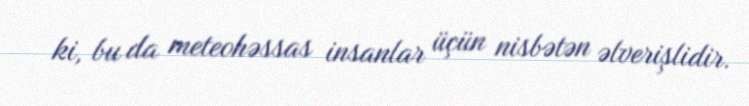
ki, bu da meteohəssas insanlar üçün nisbətən əlverişlidir.